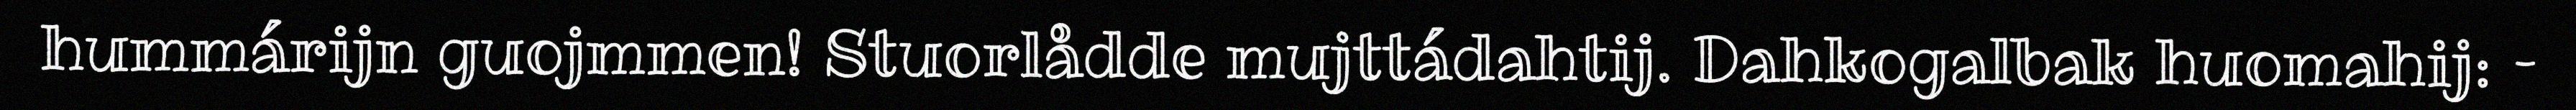
hummárijn guojmmen! Stuorlådde mujttádahtij. Dahkogalbak huomahij: –